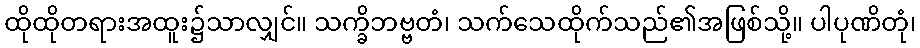
ထိုထိုတရားအထူး၌သာလျှင်။ သက္ခိဘဗ္ဗတံ၊ သက်သေထိုက်သည်၏အဖြစ်သို့။ ပါပုဏိတုံ၊